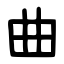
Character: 曲